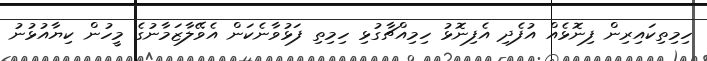
ހިމިތިކައިރިން ފިނޮޅެއް އުފެދި އެފިނޮޅު ހިމިއްޗާގުޅި ހިމިތި ފަޅުވާނެކަން އެވޭލާޒަމާނުގެ މީހުން ކިޔާއުޅުނު